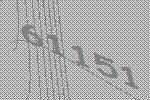
61151